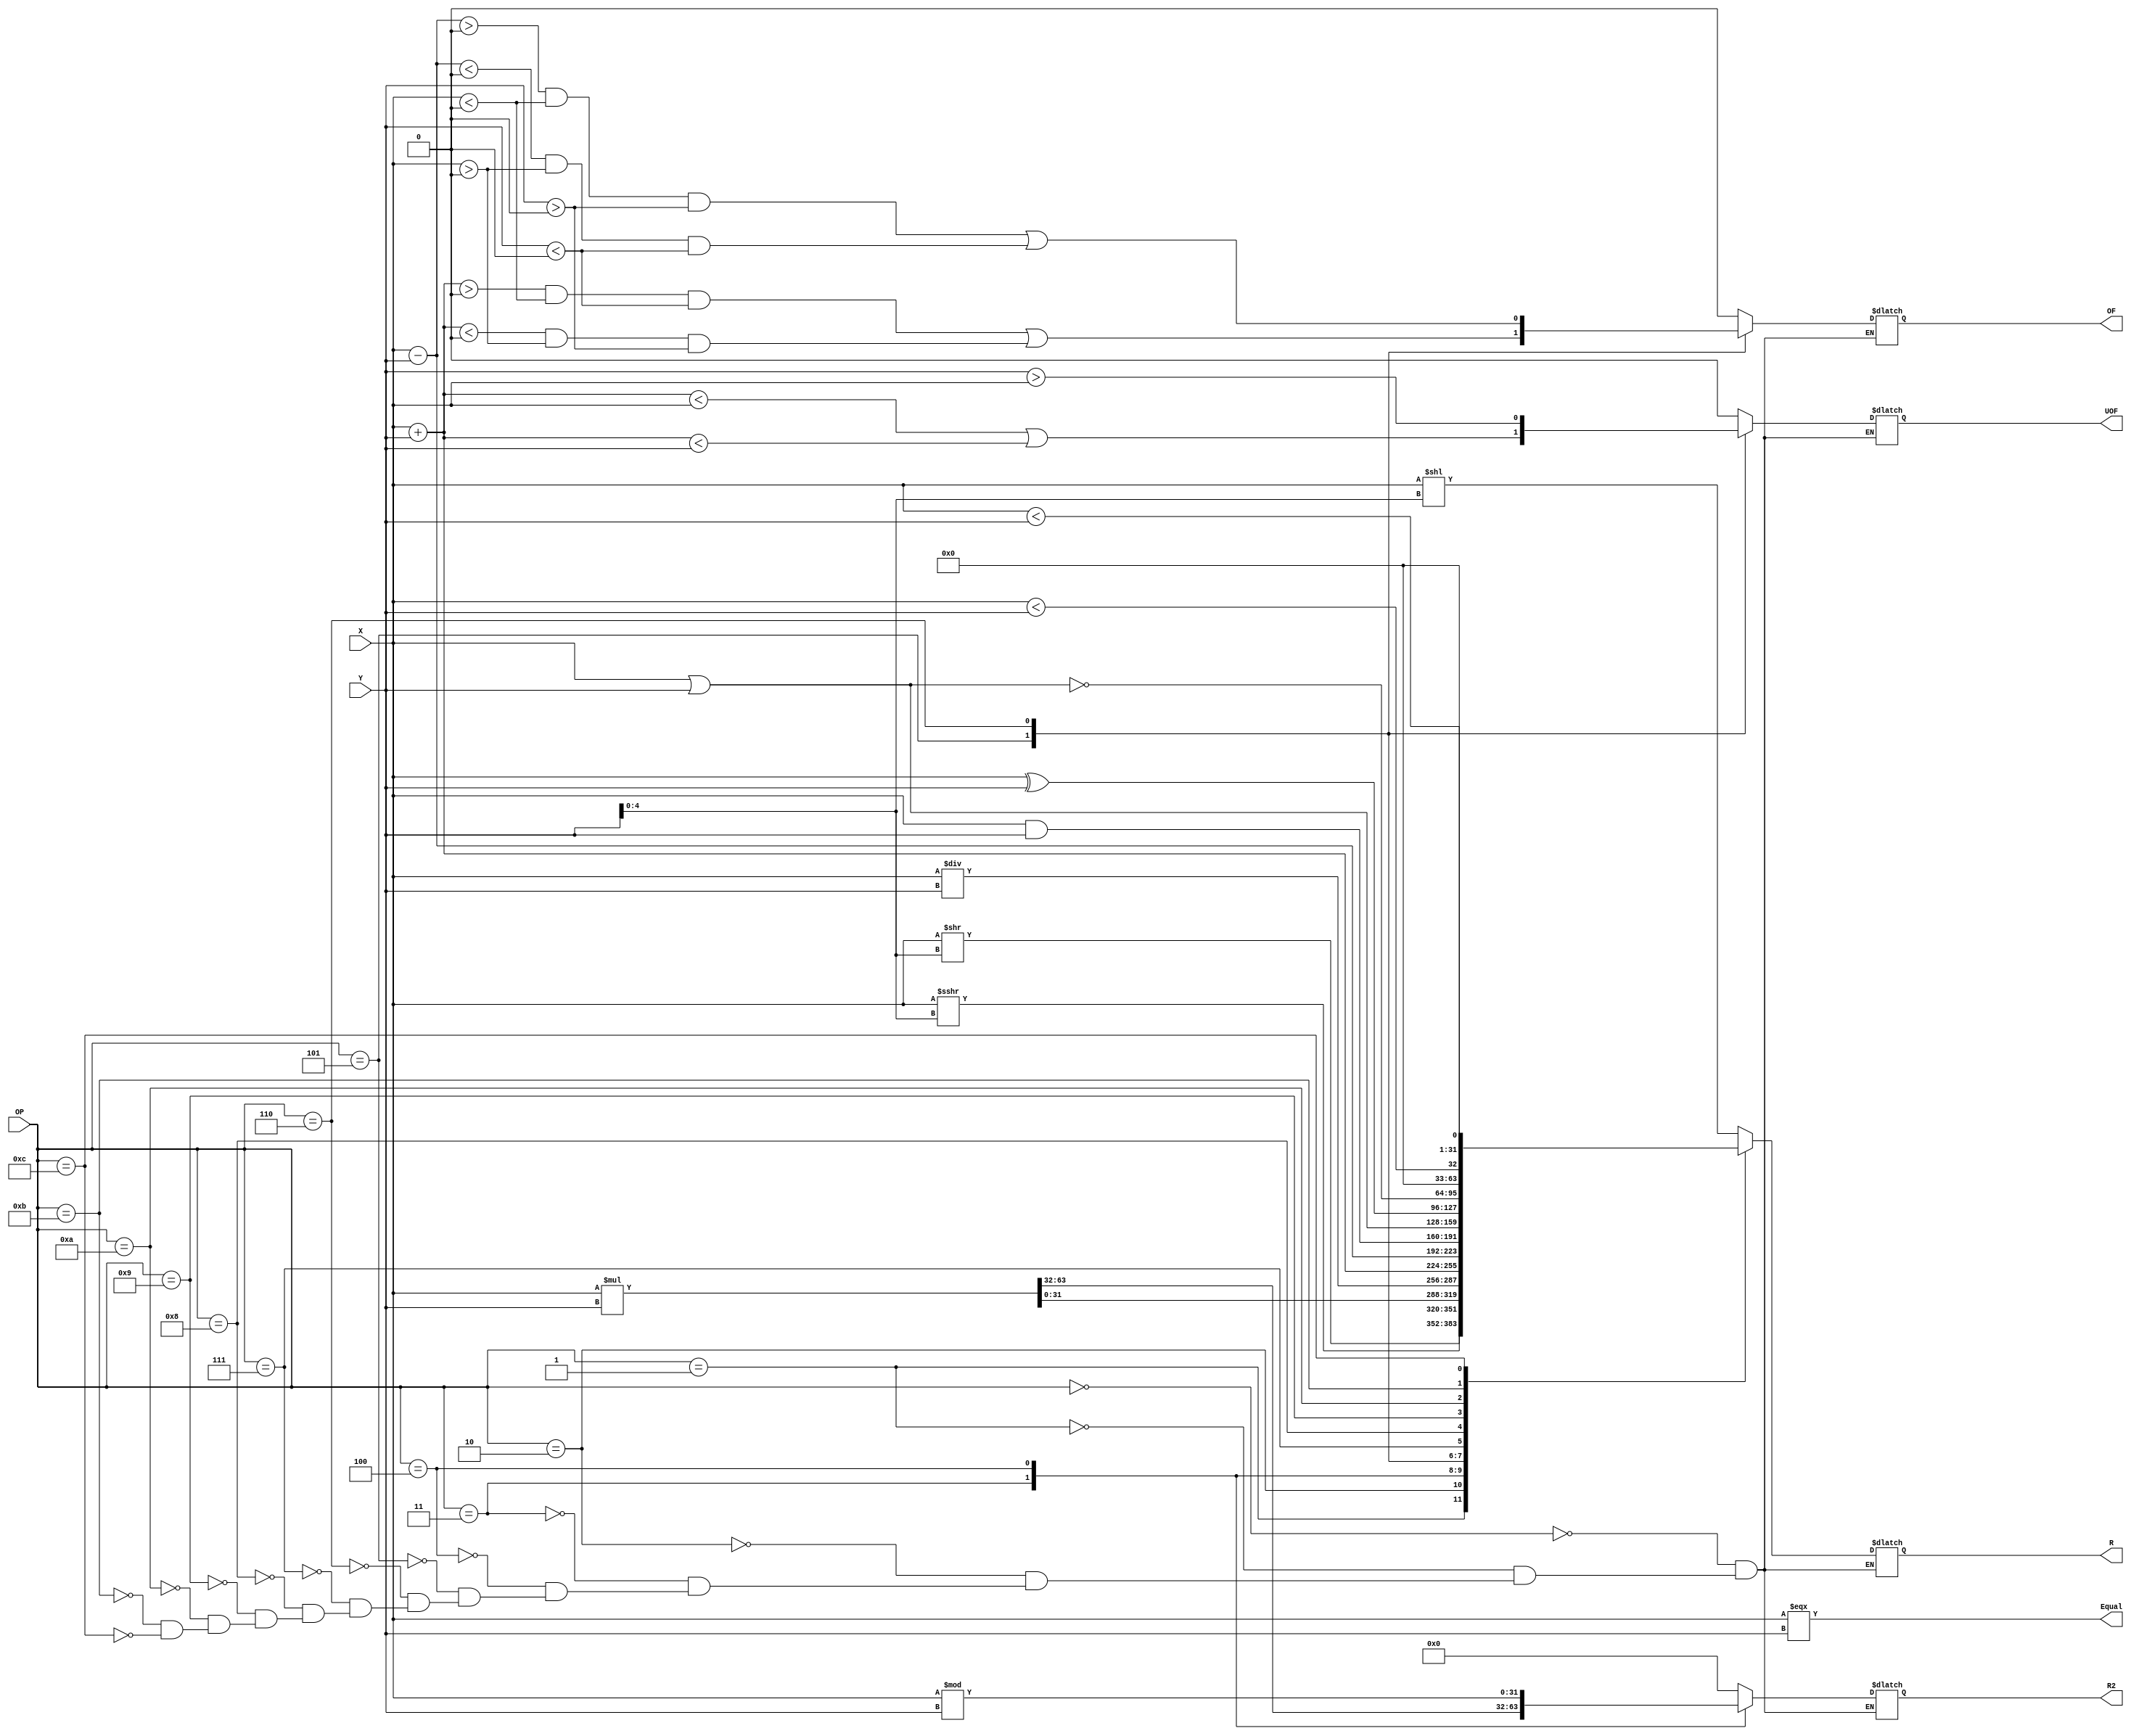
`timescale 1ns / 1ps
/**
*input: X		ALU
*		Y		ALU
*		OP 		ALU
*       output:R ?32?
*		R2		?32?
*		OF		?
*		UOF		?
*		Equal	XY
**/

module ALU(X,Y,OP,R,R2,OF,UOF,Equal);
	input [31:0] X,Y;
    input [3:0] OP;
    output reg [31:0] R,R2;
    output reg OF,UOF;
    output Equal;
    assign Equal = (X === Y);
    always @(X or Y or OP) begin
    	case(OP)
    		0 : begin//
    			R = X << Y[4:0];
    			R2 = 0;
    			OF = 0;
    			UOF = 0;
    		end
    		1 : begin//
    			R = $signed(X) >>> Y[4:0];
    			R2 = 0;
    			OF = 0;
    			UOF = 0;
    		end
    		2 : begin//
    			R = X >> Y[4:0];
    			R2 = 0;
    			OF = 0;
    			UOF = 0;
    		end
    		3 : begin//?
    			{R2,R} = $signed(X) * $signed(Y);
    			OF = 0;
    			UOF = 0;
    		end
    		4 : begin//?
    			R = X / Y;
    			R2 = X % Y;
    			OF = 0;
    			UOF = 0;
    		end
    		5 : begin//
    			R = X + Y;
    			R2 = 0;
    			UOF = (R < X || R < Y);
    			OF = (R > 0 && X < 0 && Y < 0) || (R < 0 && X > 0 && Y > 0);
    		end
    		6 : begin//
    			R = X - Y;
    			R2 = 0;
    			UOF = (Y > X);
    			OF = (R > 0 && X < 0 && Y > 0) || (R < 0 && X > 0 && Y < 0);
    		end
    		7 : begin//?
    			R = X & Y;
    			R2 = 0;
    			UOF = 0;
    			OF = 0;
    		end
    		8 : begin//?
    			R = X | Y;
    			R2 = 0;
    			UOF = 0;
    			OF = 0;
    		end
    		9 : begin//
    			R = X ^ Y;
    			R2 = 0;
    			UOF = 0;
    			OF = 0;
    		end
    		10 : begin//
    			R = ~(X | Y);
    			R2 = 0;
    			UOF = 0;
    			OF = 0;
    		end
    		11 : begin//?
    			R = $signed(X)<$signed(Y);
    			R2 = 0;
    			UOF = 0;
    			OF = 0;
    		end
    		12 : begin//?
    			R = $unsigned(X)<$unsigned(Y);
    			R2 = 0;
    			UOF = 0;
    			OF = 0;
    		end  
    	endcase  		   		
    end
endmodule